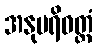
အနုပရိဝတ္တံ